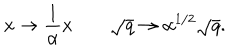
x \rightarrow { \frac { 1 } { \alpha } } x \qquad \sqrt { q } \rightarrow \alpha ^ { { 1 / 2 } } \sqrt { q } .